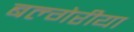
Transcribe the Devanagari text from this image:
बल्गेरीया